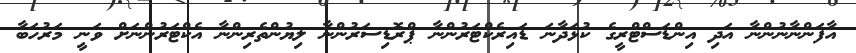
އާފަންނާނުންނާ އަދި އިންޑަސްޓްރީގެ ކުޅަދާނަ ޑައިރެކްޓަރުންނާ ޕްރޮޑިސަރުންނާ ލިޔުންތެރިންނާ އެކްޓަރުންނަށް ވަނީ މަރުހަބާ